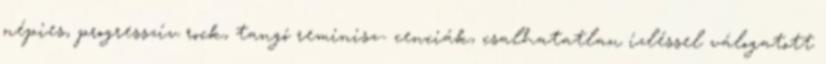
népies, progresszív rock, tangó reminisz- cenciák, csalhatatlan ízléssel válogatott